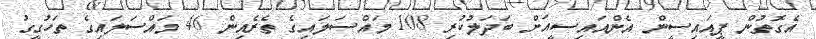
އެގޮތުން ޕީއައިސީން އެންއައިސީއަށް ބަދަލުކުރި 108 މައްސަލައިގެ ތެރެއިން 46 މައްސަލައިގެ ތަހުގީގު